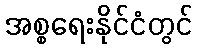
အစ္စရေးနိုင်ငံတွင်